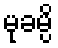
မုခမ္ပိ